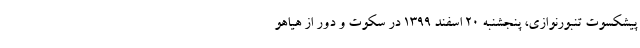
پیشکسوت تنبورنوازی، پنجشنبه ۲۰ اسفند ۱۳۹۹ در سکوت و دور از هیاهو